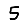
Digit: 5